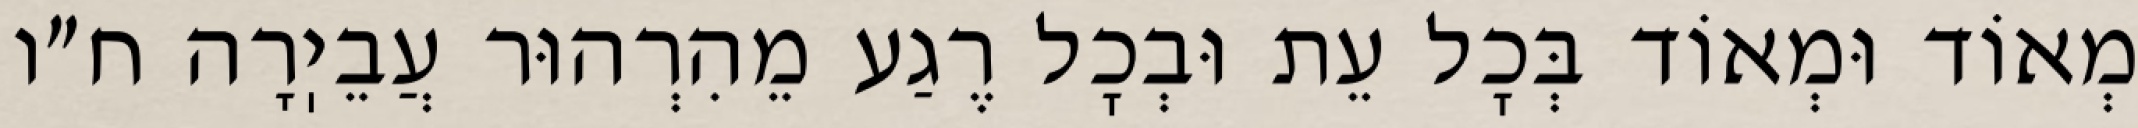
מְאוֹד וּמְאוֹד בְּכׇל עֵת וּבְכׇל רֶגַע מֵהִרְהוּר עֲבֵיֽרָה ח״ו